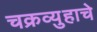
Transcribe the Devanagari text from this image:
चक्रव्युहाचे